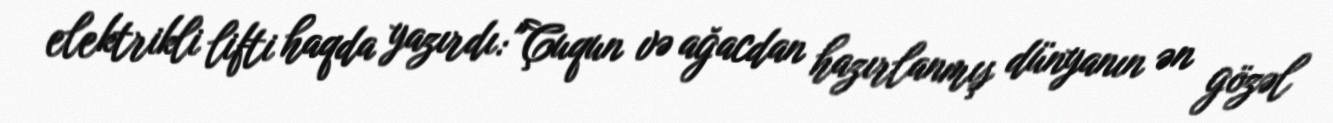
elektrikli lifti haqda yazırdı: "Çuqun və ağacdan hazırlanmış dünyanın ən gözəl